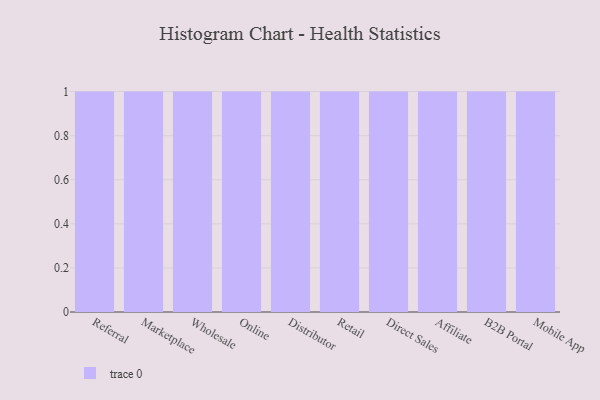
{"axis": {"x": "Channel", "y": "Inventory Turnover"}, "legend": [""], "data": [{"x": "Referral", "y": 34, "type": ""}, {"x": "Marketplace", "y": 61, "type": ""}, {"x": "Wholesale", "y": 52, "type": ""}, {"x": "Online", "y": 42, "type": ""}, {"x": "Distributor", "y": 52, "type": ""}, {"x": "Retail", "y": 60, "type": ""}, {"x": "Direct Sales", "y": 87, "type": ""}, {"x": "Affiliate", "y": 35, "type": ""}, {"x": "B2B Portal", "y": 68, "type": ""}, {"x": "Mobile App", "y": 100, "type": ""}]}